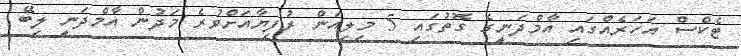
ޓެކްސް އަހަރެއްގައި އާމްދަނީގެ ގޮތުގައި 5 މިލިއަން ރުފިޔާއަށްވުރެ މަދުން އާމްދަނީ ލިބޭ